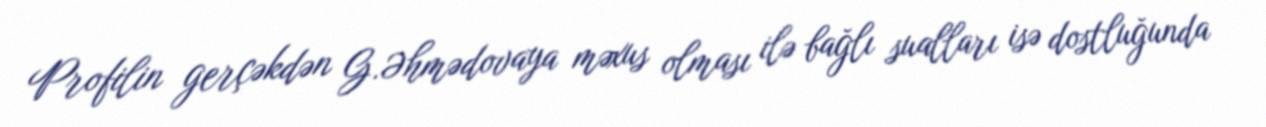
Profilin gerçəkdən G.Əhmədovaya məxus olması ilə bağlı sualları isə dostluğunda